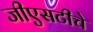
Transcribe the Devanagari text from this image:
जीएसटीचे